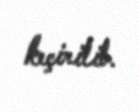
keçirilib.